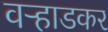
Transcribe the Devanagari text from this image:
वऱ्हाडकर